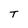
Character: T